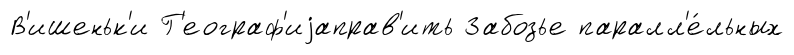
В'ишеньк'и Г'еограф'иjаправ'ить Забозье паралл'е́льных